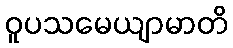
ဝူပသမေယျာမာတိ